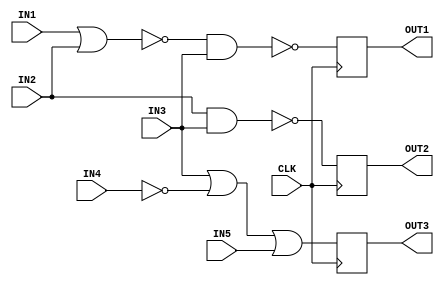
`timescale 1ns / 1ps
//////////////////////////////////////////////////////////////////////////////////
// Diploma: By Eng. Ali Mohamed Eltemsah
// Design Name: DigIC_Dip08_09_V_W1
// Module Name: DigCt
// Project Name: Assignment 1
//////////////////////////////////////////////////////////////////////////////////


module DigCt(
    IN1, IN2, IN3, IN4, IN5, CLK, OUT1, OUT2, OUT3
    );
    
    input IN1, IN2, IN3, IN4, IN5;
    input CLK;
    output OUT1, OUT2, OUT3;
    
    reg D1, D2, D3;
    reg OUT1, OUT2, OUT3;
    
    always @(IN1, IN2, IN3)
        begin
            D1 = ~(~(IN1 | IN2) & IN3);
        end
        
    always @(IN2, IN3)
        begin
            D2 = ~(IN2 & IN3);
        end
        
    always @(IN3, IN4, IN5)
        begin
            D3 = ((IN3 | ~IN4) | IN5);
        end
        
    always @(posedge CLK)
        begin
            OUT1 <= D1;
        end
    
    always @(posedge CLK)
        begin
            OUT2 <= D2;
        end
    
    always @(posedge CLK)
        begin
            OUT3 <= D3;
        end
    
    
endmodule